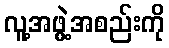
လူ့အဖွဲ့အစည်းကို